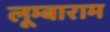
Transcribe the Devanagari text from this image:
लूम्बाराम